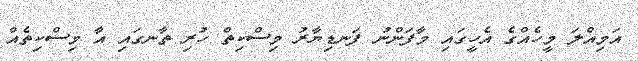
އަމިއްލަ މީހެއްގެ އެހީގައި މާފަންނު ފަނޑިޔާރު މިސްކިތް ހުރި ތާނގައި އާ މިސްކިތެއް